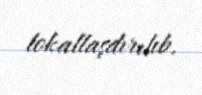
lokallaşdırılıb.